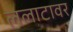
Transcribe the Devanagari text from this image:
ललाटावर